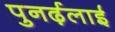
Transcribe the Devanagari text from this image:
पुनर्ढ़लाई